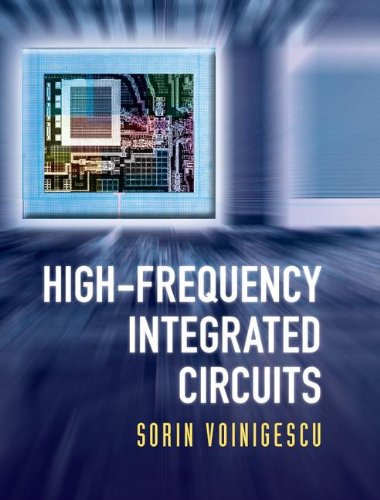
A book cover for High-Frequency Integrated Circuits (The Cambridge RF and Microwave Engineering Series); Sorin Voinigescu; Crafts, Hobbies & Home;